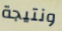
ونتيجة